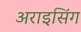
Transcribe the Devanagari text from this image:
अराइसिंग